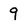
Character: 9